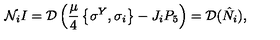
{ \cal N } _ { i } I = { \cal D } \left( \frac { \mu } { 4 } \left\{ \sigma ^ { Y } , \sigma _ { i } \right\} - J _ { i } P _ { 5 } \right) = { \cal D } ( \hat { N } _ { i } ) ,